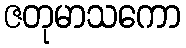
ဇတုမာသကော